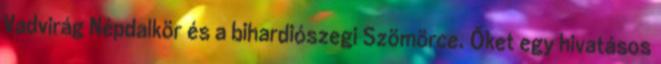
Vadvirág Népdalkör és a bihardiószegi Szömörce. Őket egy hivatásos